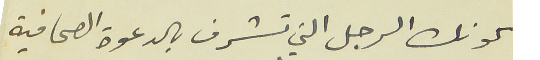
كونك الرجل التي تشرف بالدعوة الصحافية